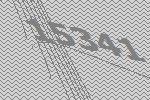
15341